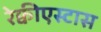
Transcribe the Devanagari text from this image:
रेक्वीएस्टास